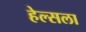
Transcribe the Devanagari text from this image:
हेल्सला